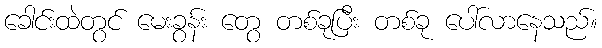
ခေါင်းထဲတွင် မေးခွန်း တွေ တစ်ခုပြီး တစ်ခု ပေါ်လာနေသည်။